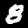
Label: 8